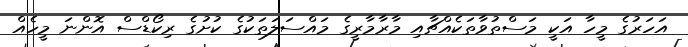
އަހަރުގެ މީހާ އަކީ މަސްތުވާތަކެއްޗާއި މާރާމާރީގެ މައްސަލަތަކުގެ ކުށުގެ ރިކޯޑްސް އޮންނަ މީހެއް